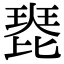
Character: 𤧰